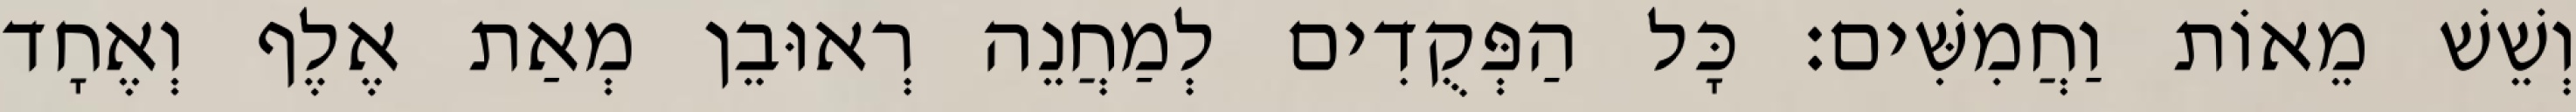
וְשֵׁשׁ מֵאוֹת וַחֲמִשִּׁים׃ כָּל הַפְּקֻדִים לְמַחֲנֵה רְאוּבֵן מְאַת אֶלֶף וְאֶחָד